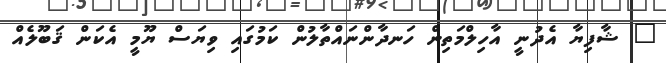
" ޝާފިޔާ އެދުނީ އާހިލްމަތިން ހަނދާންނައްތާލުން ކަމުގައި ވިޔަސް ޔޫމީ އެކަން ޤަބޫލެއް